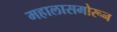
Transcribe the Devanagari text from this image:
महालासमोरून